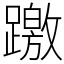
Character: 躈